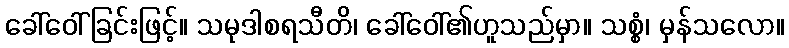
ခေါ်ဝေါ်ခြင်းဖြင့်။ သမုဒါစရသီတိ၊ ခေါ်ဝေါ်၏ဟူသည်မှာ။ သစ္စံ၊ မှန်သလော။